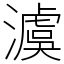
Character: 澞